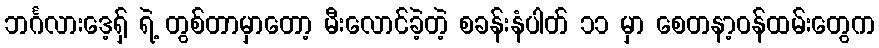
ဘင်္ဂလားဒေ့ရှ် ရဲ့ တွစ်တာမှာတော့ မီးလောင်ခဲ့တဲ့ စခန်းနံပါတ် ၁၁ မှာ စေတနာ့ဝန်ထမ်းတွေက